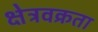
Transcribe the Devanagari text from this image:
क्षेत्रवक्रता